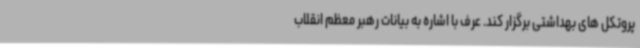
پروتکل های بهداشتی برگزار کند. عرف با اشاره به بیانات رهبر معظم انقلاب